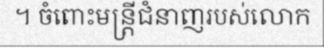
។ ចំពោះមន្ត្រីជំនាញរបស់លោក